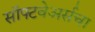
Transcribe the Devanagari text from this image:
सॉफ्टवेअर्सचा